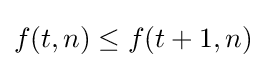
f(t,n)\leq f(t+1,n)